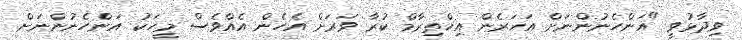
ވިދާޅުވީ "އަންހެނުންނަށް އަަހަރެން އިހްތިރާމް ކުރާ ވަރަށް އެހެން އެއްވެސް މީހަކު އަންހެނުންނަށް